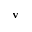
\mathbf { v }